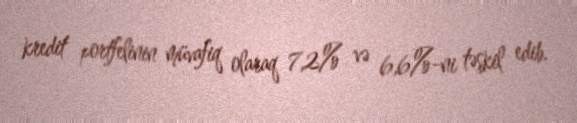
kredit portfelinin müvafiq olaraq 7,2% və 6,6%-ni təşkil edib.